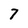
Character: 7